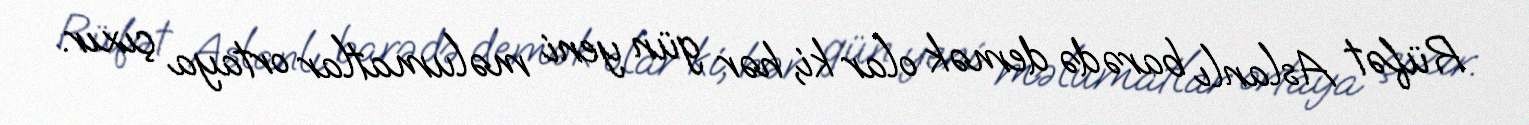
Rüfət Aslanlı barədə demək olar ki, hər gün yeni məlumatlar ortaya çıxır.